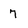
Character: 7